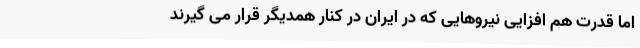
اما قدرت هم افزایی نیروهایی که در ایران در کنار همدیگر قرار می گیرند